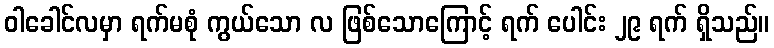
ဝါခေါင်လမှာ ရက်မစုံ ကွယ်သော လ ဖြစ်သောကြောင့် ရက် ပေါင်း ၂၉ ရက် ရှိသည်။